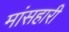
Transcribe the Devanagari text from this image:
मांसहारी